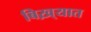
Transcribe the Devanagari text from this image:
बिख़्यात